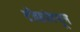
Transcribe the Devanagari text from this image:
टीकांमधून